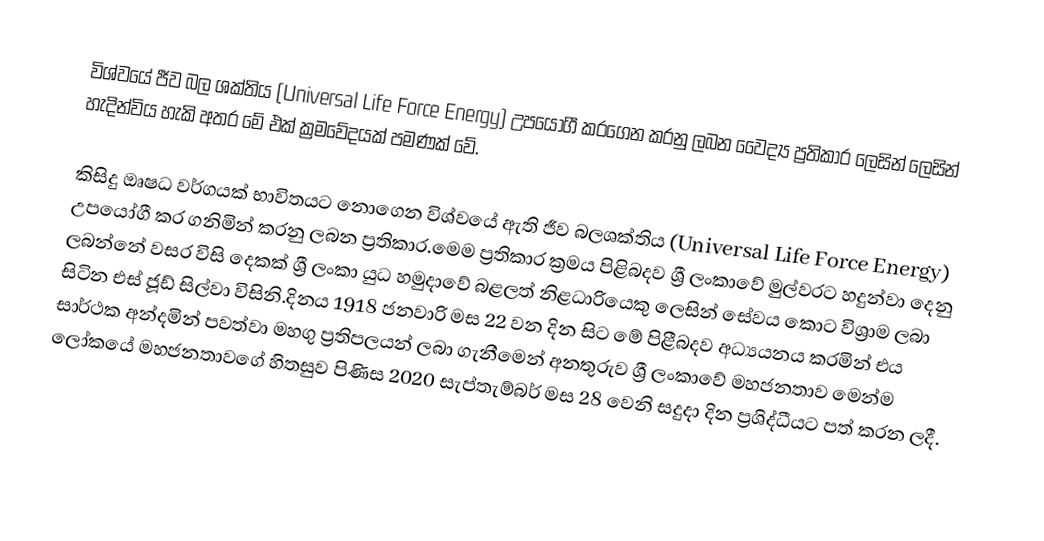
විශ්වයේ ජීව බල ශක්තිය (Universal Life Force Energy) උපයෝගී කරගෙන කරනු ලබන වෛද්‍ය ප්‍රතිකාර ලෙසින් ලෙසින් හැදින්විය හැකි අතර මේ එක් ක්‍රමවේදයක් පමණක් වේ.

කිසිදු ඔෘෂධ වර්ගයක් භාවිතයට නොගෙන විශ්වයේ ඇති ජීව බලශක්තිය (Universal Life Force Energy) උපයෝගී කර ගනිමින් කරනු ලබන ප්‍රතිකාර.මෙම ප්‍රතිකාර ක්‍රමය පිළිබදව ශ්‍රී ලංකාවේ මුල්වරට හදුන්වා දෙනු ලබන්නේ වසර විසි දෙකක් ශ්‍රී ලංකා යුධ හමුදාවේ බළලත් නිළධාරියෙකු ලෙසින් සේවය කොට විශ්‍රාම ලබා සිටින එස් ජූඩ් සිල්වා විසිනි.දිනය 1918 ජනවාරි මස 22 වන දින සිට මේ පිළීබදව අධ්‍යයනය කරමින් එය සාර්ථක අන්දමින් පවත්වා මහගු ප්‍රතිපලයන් ලබා ගැනීමෙන් අනතුරුව ශ්‍රී ලංකාවේ මහජනතාව මෙන්ම ලෝකයේ මහජනතාවගේ හිතසුව පිණිස 2020 සැප්තැම්බර් මස 28 වෙනි සදුදා දින ප්‍රශිද්ධීයට පත් කරන ලදී.